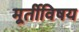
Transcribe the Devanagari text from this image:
मूर्तीविषय